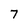
Character: 7